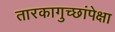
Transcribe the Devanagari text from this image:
तारकागुच्छांपेक्षा